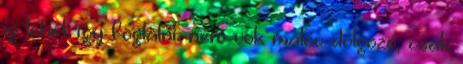
ig lehet így foglalni. nem vok malév dolgozó, csak